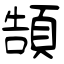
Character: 頶